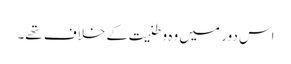
اس دور میں وہ وطنیت کے خلاف تھے۔